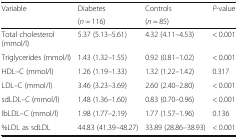
<table><thead><tr><td><b>Variable</b></td><td><b>Diabetes</b></td><td><b>Controls</b></td><td><b><i>P</i>-value</b></td></tr><tr><td></td><td><b>(<i>n</i> = 116)</b></td><td><b>(<i>n</i> = 85)</b></td><td></td></tr></thead><tbody><tr><td>Total cholesterol (mmol/l)</td><td>5.37 (5.13–5.61)</td><td>4.32 (4.11–4.53)</td><td>&lt; 0.001</td></tr><tr><td>Triglycerides (mmol/l)</td><td>1.43 (1.32–1.55)</td><td>0.92 (0.81–1.02)</td><td>&lt; 0.001</td></tr><tr><td>HDL–C (mmol/l)</td><td>1.26 (1.19–1.33)</td><td>1.32 (1.22–1.42)</td><td>0.317</td></tr><tr><td>LDL–C (mmol/l)</td><td>3.46 (3.23–3.69)</td><td>2.60 (2.40–2.80)</td><td>&lt; 0.001</td></tr><tr><td>sdLDL–C (mmol/l)</td><td>1.48 (1.36–1.60)</td><td>0.83 (0.70–0.96)</td><td>&lt; 0.001</td></tr><tr><td>lbLDL–C (mmol/l)</td><td>1.98 (1.77–2.19)</td><td>1.77 (1.57–1.96)</td><td>0.136</td></tr><tr><td>%LDL as sdLDL</td><td>44.83 (41.39–48.27)</td><td>33.89 (28.86–38.93)</td><td>&lt; 0.001</td></tr></tbody></table>